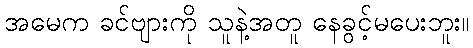
အမေက ခင်ဗျားကို သူနဲ့အတူ နေခွင့်မပေးဘူး။